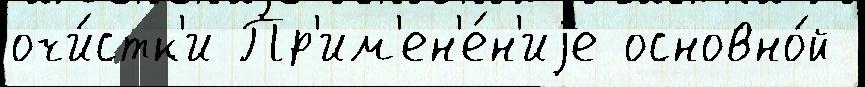
очи́стк'и Пр'им'ен'е́н'иjе основно́й